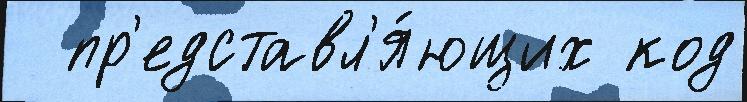
  пр'едставл'я́ющих код